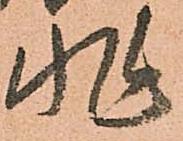
非